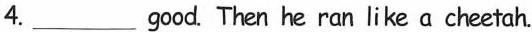
4.___good. Then he ran like a cheetah.